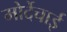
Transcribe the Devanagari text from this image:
मोर्देचाई